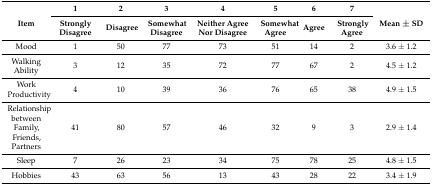
<table><thead><tr><td rowspan="2"><b>Item</b></td><td><b>1</b></td><td><b>2</b></td><td><b>3</b></td><td><b>4</b></td><td><b>5</b></td><td><b>6</b></td><td><b>7</b></td><td rowspan="2"><b>Mean ± SD</b></td></tr><tr><td><b>Strongly Disagree</b></td><td><b>Disagree</b></td><td><b>Somewhat Disagree</b></td><td><b>Neither Agree Nor Disagree</b></td><td><b>Somewhat Agree</b></td><td><b>Agree</b></td><td><b>Strongly Agree</b></td></tr></thead><tbody><tr><td>Mood</td><td>1</td><td>50</td><td>77</td><td>73</td><td>51</td><td>14</td><td>2</td><td>3.6 ± 1.2</td></tr><tr><td>Walking Ability</td><td>3</td><td>12</td><td>35</td><td>72</td><td>77</td><td>67</td><td>2</td><td>4.5 ± 1.2</td></tr><tr><td>Work Productivity</td><td>4</td><td>10</td><td>39</td><td>36</td><td>76</td><td>65</td><td>38</td><td>4.9 ± 1.5</td></tr><tr><td>Relationship between Family, Friends, Partners</td><td>41</td><td>80</td><td>57</td><td>46</td><td>32</td><td>9</td><td>3</td><td>2.9 ± 1.4</td></tr><tr><td>Sleep</td><td>7</td><td>26</td><td>23</td><td>34</td><td>75</td><td>78</td><td>25</td><td>4.8 ± 1.5</td></tr><tr><td>Hobbies</td><td>43</td><td>63</td><td>56</td><td>13</td><td>43</td><td>28</td><td>22</td><td>3.4 ± 1.9</td></tr></tbody></table>